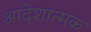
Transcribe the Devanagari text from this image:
आदेशात्‍मक